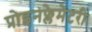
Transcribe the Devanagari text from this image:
प्रोइनफ्लेमेटरी